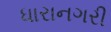
ધારાનગરી